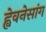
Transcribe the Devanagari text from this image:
ह्वेवनेसांग